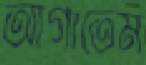
আগাতেম